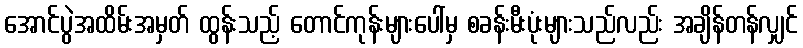
အောင်ပွဲအထိမ်းအမှတ် ထွန်းသည့် တောင်ကုန်းများပေါ်မှ စခန်းမီးပုံးများသည်လည်း အချိန်တန်လျှင်